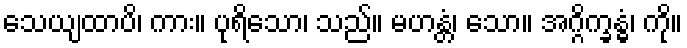
သေယျထာပိ၊ ကား။ ပုရိသော၊ သည်။ မဟန္တံ၊ သော။ အဂ္ဂိက္ခန္ဓံ၊ ကို။